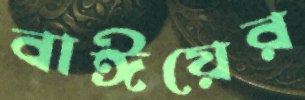
বাঈয়ের